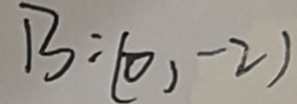
B : ( 0 , - 2 )